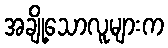
အချို့သောလူများက